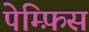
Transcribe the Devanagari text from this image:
पेम्फ़िस